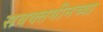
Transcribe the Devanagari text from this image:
सबक्तगीनच्या